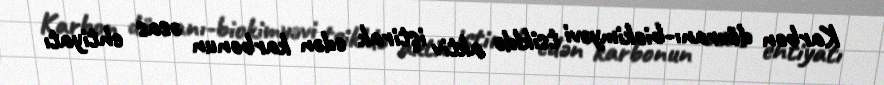
Karbon dövranı-biokimyəvi tsikldə aktiv iştirak edən karbonun əsas ehtiyatı